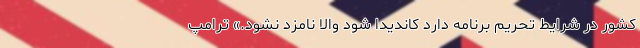
کشور در شرایط تحریم برنامه دارد کاندیدا شود والا نامزد نشود.» ترامپ